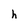
Character: h